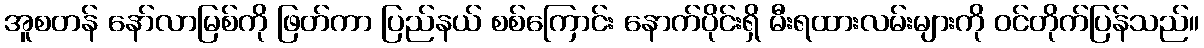
အူစတန် နော်လာမြစ်ကို ဖြတ်ကာ ပြည်နယ် စစ်ကြောင်း နောက်ပိုင်းရှိ မီးရထားလမ်းများကို ဝင်တိုက်ပြန်သည်။